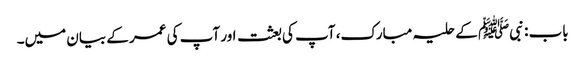
باب : نبیﷺ کے حلیہ مبارک، آپ کی بعثت اور آپ کی عمر کے بیان میں۔